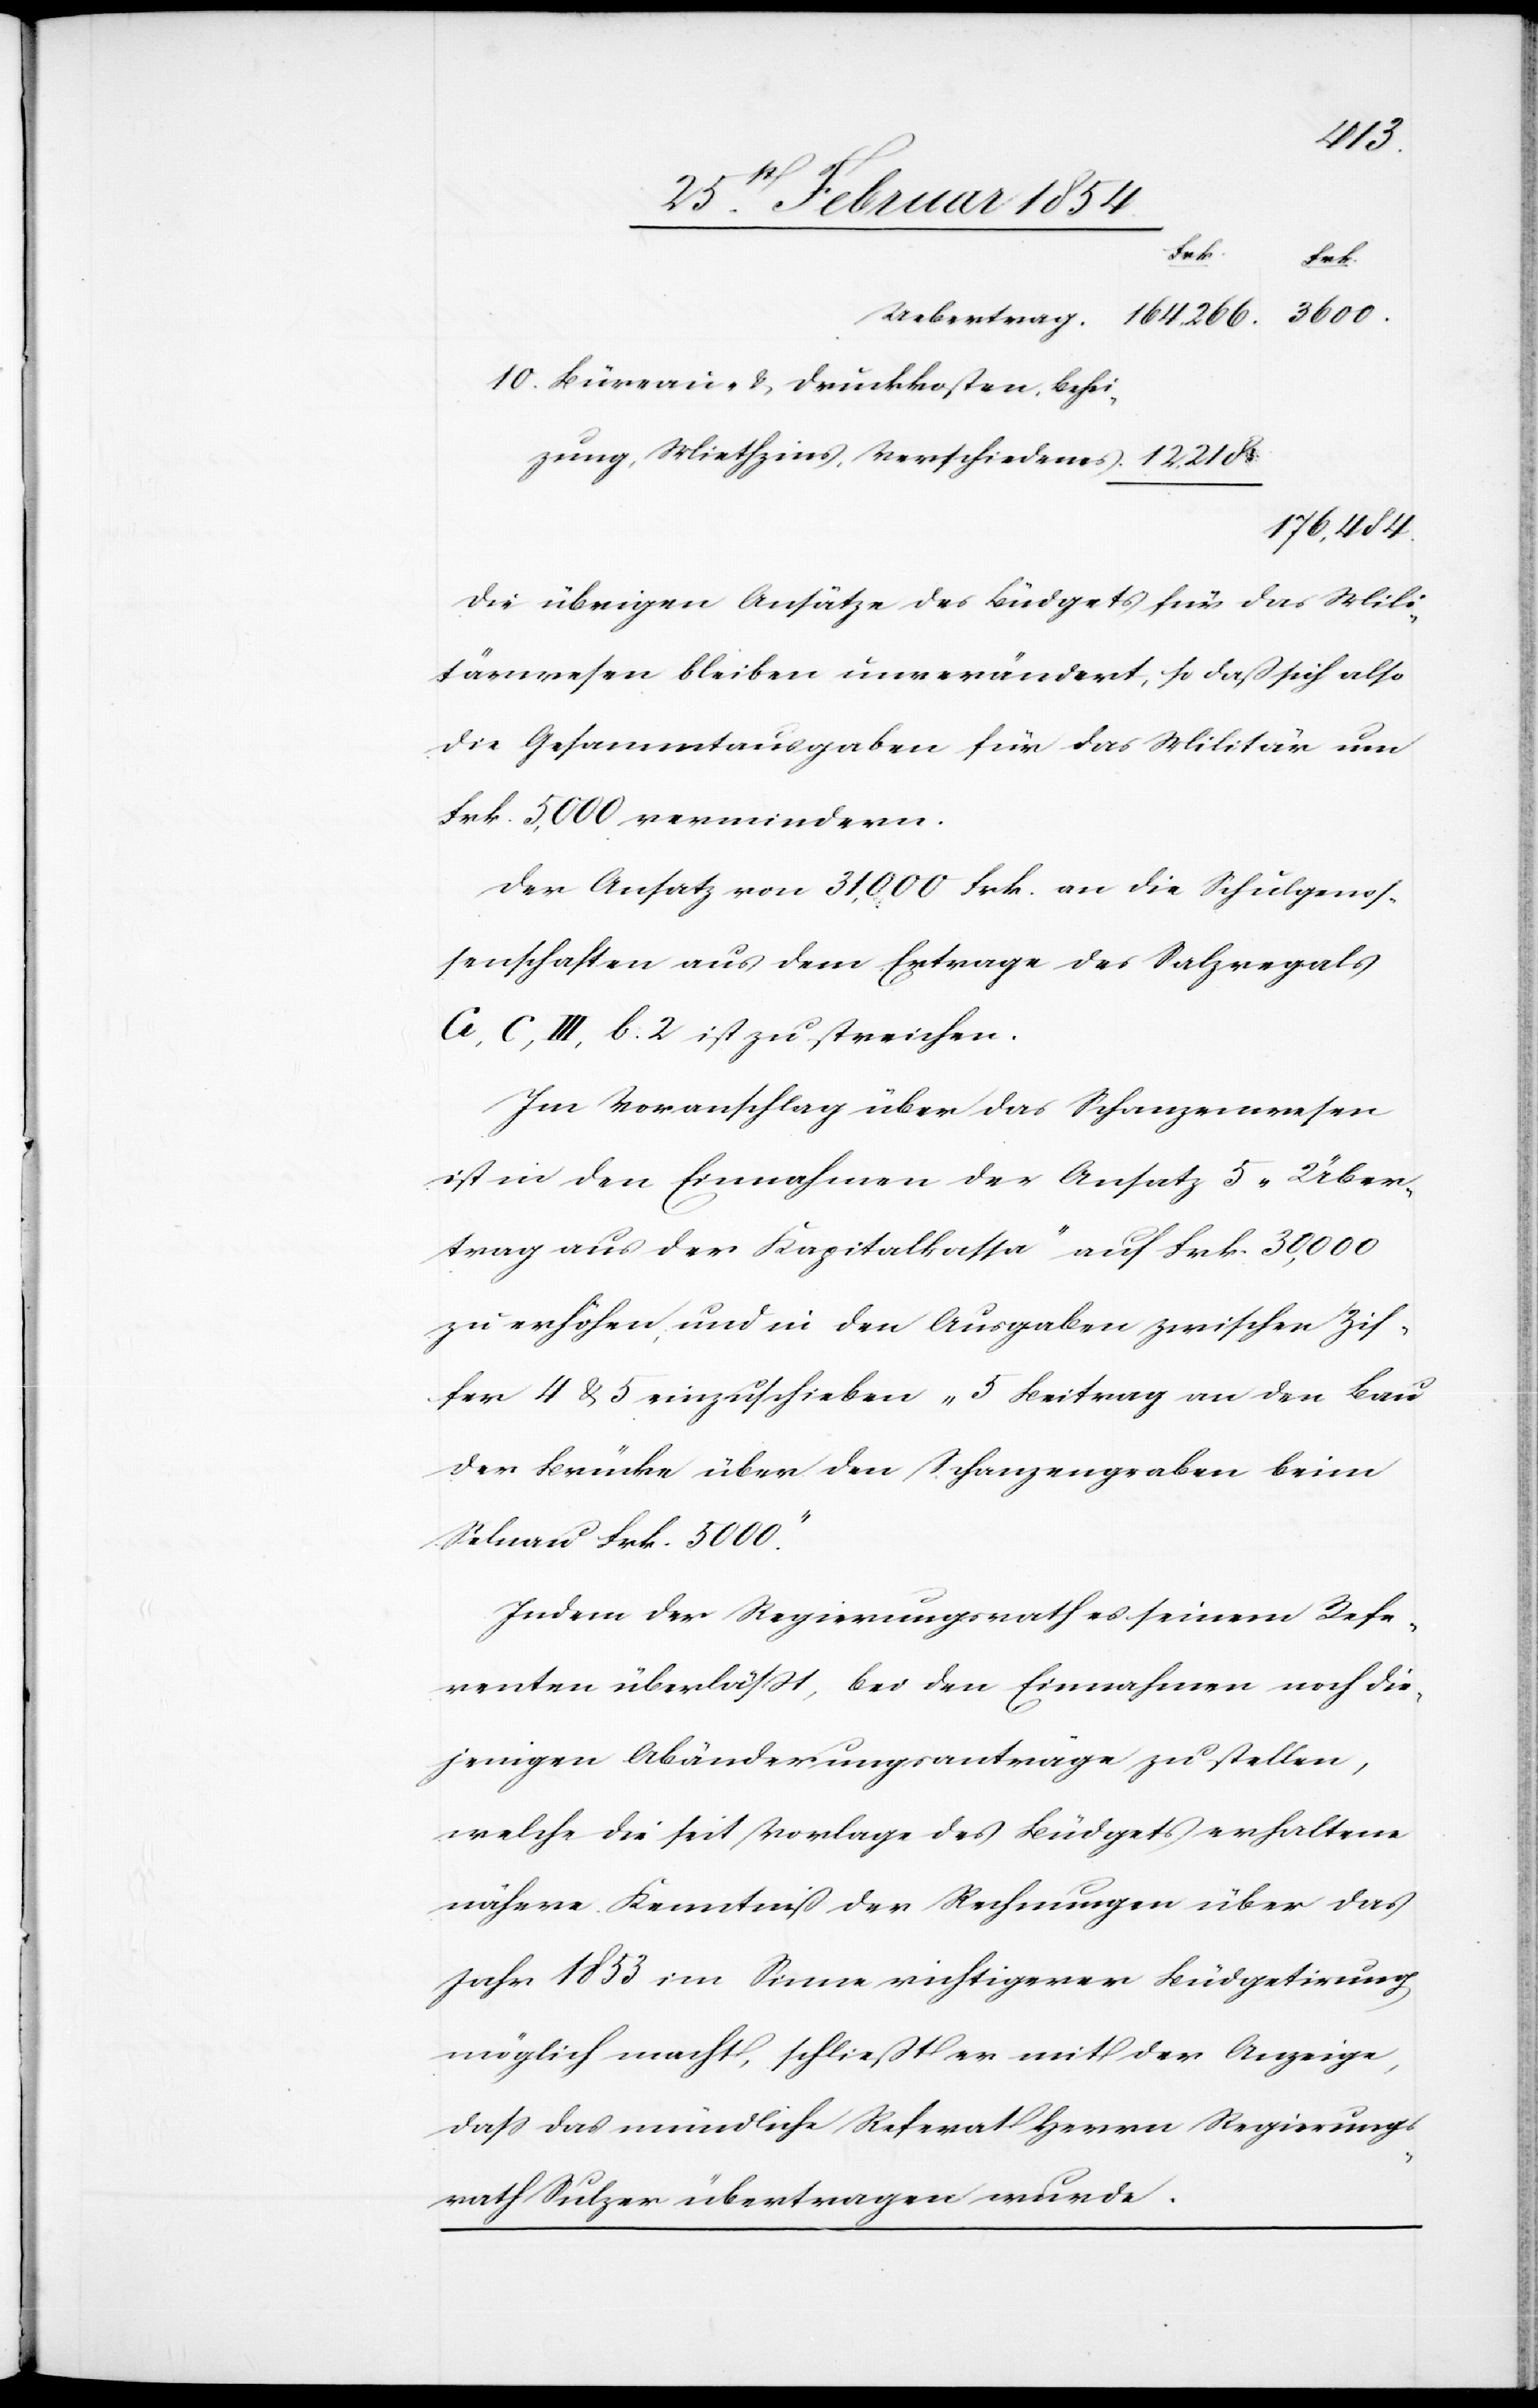
218.
Frk.
Frk.
10. Büreau- & Druckkosten, Behei¬
zung, Miethzins, Verschiedenes.
176, 484.
Die übrigen Ansätze des Büdgets für das Mili¬
tärwesen blieben unverändert, so daß sich also
die Gesammtausgaben für das Militär um
Frk. 5,000 vermindern.
Der Ansatz von 31, 000 Frk. an die Schulgenos¬
senschaften aus dem Ertrage des Salzregals
A, C, III, b. 2 ist zu streichen.
Im Voranschlag über das Schanzenwesen
ist in den Einnahmen der Ansatz 5 „Über¬
trag aus der Kapitalkassa“ auf Frk. 30, 000
zu erhöhen, und in den Ausgaben zwischen Zif¬
fer 4 & 5 einzuschieben „ 5 Beitrag an den Bau
der Brücke über den Schanzengraben beim
Selnau Frk. 5000.“
Indem der Regierungsrath es seinem Refe¬
renten überläßt, bei den Einnahmen noch die¬
jenigen Abänderungsanträge zu stellen,
welche die seit Vorlage des Büdgets erhaltene
nähere Kenntniß der Rechnungen über das
Jahr 1853 im Sinne richtigerer Büdgetirung
möglich macht, schließt er mit der Anzeige,
daß das mündliche Referat Herrn Regierungs¬
rath Sulzer übertragen werde.